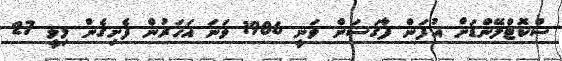
ސްކޮޓްލޭންޑަށް އުފަން ފާގަސަން ވަނީ 1986 ވަނަ އަހަރުން ފެށިގެން މިވީ 27